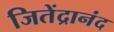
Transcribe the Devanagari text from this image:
जितेंद्रानंद